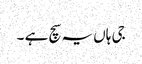
جی ہاں یہ سچ ہے ۔